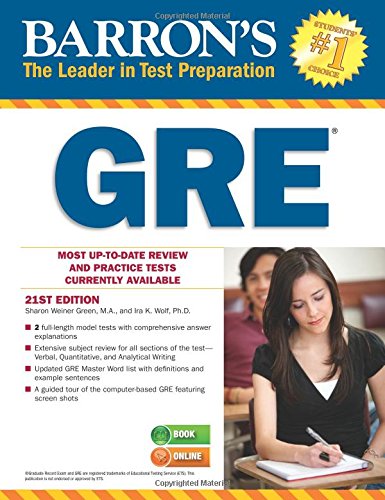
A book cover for Barron's GRE, 21st Edition; Sharon Weiner Green M.A.; Test Preparation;